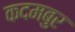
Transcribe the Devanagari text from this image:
कदमबुर